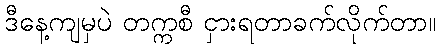
ဒီနေ့ကျမှပဲ တက္ကစီ ငှားရတာခက်လိုက်တာ။